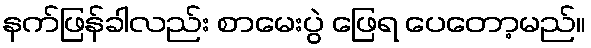
နက်ဖြန်ခါလည်း စာမေးပွဲ ဖြေရ ပေတော့မည်။